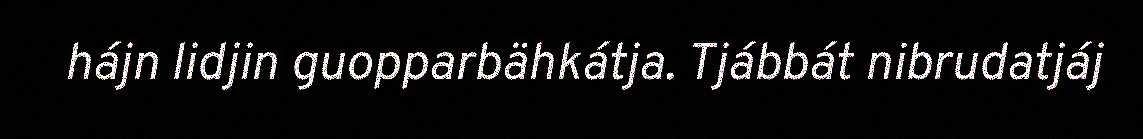
hájn lidjin guopparbähkátja. Tjábbát nibrudatjáj